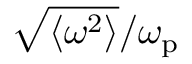
\sqrt { \langle \omega ^ { 2 } \rangle } / \omega _ { \mathrm { p } }